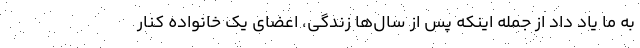
به ما یاد داد از جمله اینکه پس از سال‌ها زندگی، اعضای یک خانواده کنار